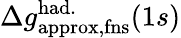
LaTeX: \Delta{g}_{\mathrm{approx,fns}}^{\mathrm{had.}}(1s)